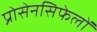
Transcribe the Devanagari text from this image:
प्रोसेनसिफेलों